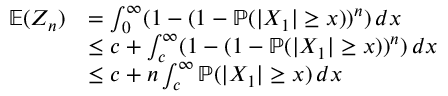
\begin{array} { r l } { \mathbb { E } ( Z _ { n } ) } & { = \int _ { 0 } ^ { \infty } ( 1 - ( 1 - \mathbb { P } ( | X _ { 1 } | \geq x ) ) ^ { n } ) \, d x } \\ & { \leq c + \int _ { c } ^ { \infty } ( 1 - ( 1 - \mathbb { P } ( | X _ { 1 } | \geq x ) ) ^ { n } ) \, d x } \\ & { \leq c + n \int _ { c } ^ { \infty } \mathbb { P } ( | X _ { 1 } | \geq x ) \, d x } \end{array}